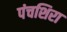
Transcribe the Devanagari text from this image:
पंचशिरा